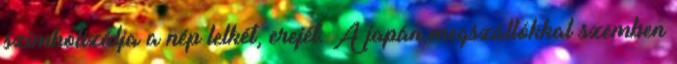
szimbolizálja a nép lelkét, erejét. A japán megszállókkal szemben